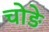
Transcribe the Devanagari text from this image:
चोङे